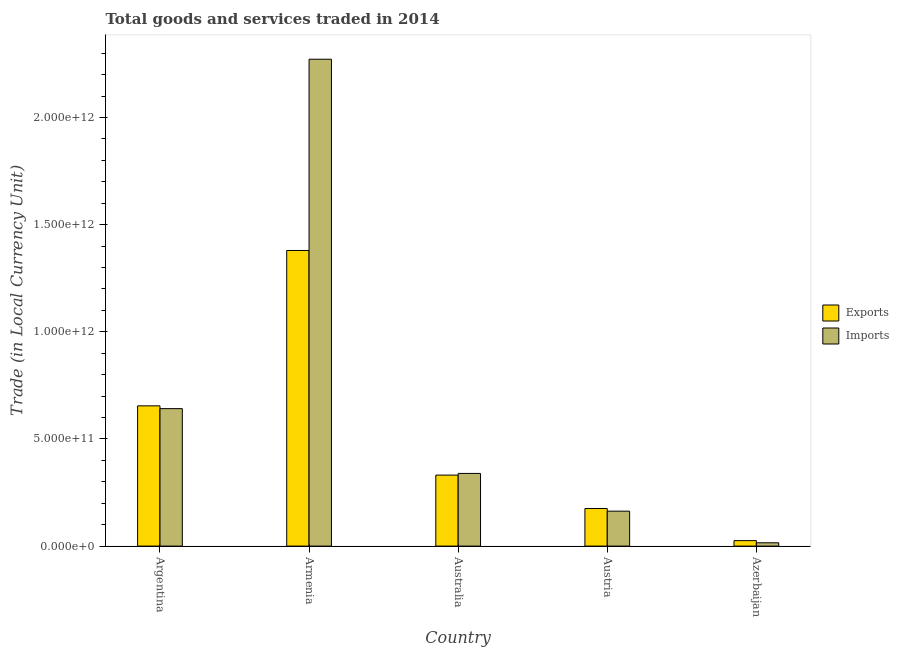
| Country | Exports | Imports |
 | --- | --- | --- |
 | Argentina | 6.54e+11 | 6.41e+11 |
 | Armenia | 1.38e+12 | 2.27e+12 |
 | Australia | 3.31e+11 | 3.39e+11 |
 | Austria | 1.75e+11 | 1.63e+11 |
 | Azerbaijan | 2.55e+10 | 1.55e+10 |